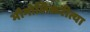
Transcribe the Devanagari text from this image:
भौगोलिकरीत्या